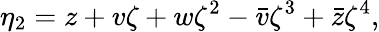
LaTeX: \eta_{2}=z+v\zeta+w\zeta^{2}-\bar{v}\zeta^{3}+\bar{z}\zeta^{4},